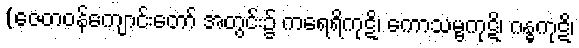
(ဇေတဝန်ကျောင်းတော် အတွင်း၌ ကရေရိကုဋိ၊ ကောသမ္ဗကုဋိ၊ ဂန္ဓကုဋိ၊